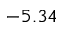
- 5 . 3 4